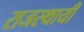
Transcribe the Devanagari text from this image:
राजस्थायी